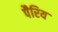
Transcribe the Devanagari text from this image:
पैरिय